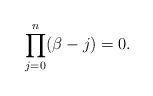
LaTeX: \begin{align*}\prod_{j=0}^n(\beta-j)=0.\end{align*}